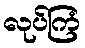
လုပ်ကြံ